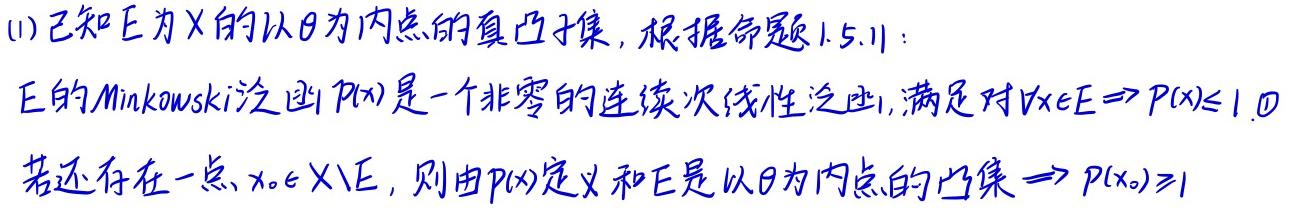
(1) 已知 $E$ 为 $X$ 的以 $\theta$ 为内点的真凸子集，根据命题 1.5.11：

$E$ 的 Minkowski 泛函 $p(x)$ 是一个非零的连续次线性泛函，满足对 $\forall x\in E\Rightarrow p(x)\leq 1$.  若还存在一点 $x_0\in X\setminus E$，则由 $p(x)$ 定义和 $E$ 是以 $\theta$ 为内点的凸集 $\Rightarrow p(x_0)\geq 1$